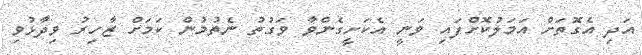
އަދި އެގޮތަށް އަމަލުކޮށްފައި ވަނީ އެކަށީގެންވާ ވަގުތު ނެތުމުން ކަމަށް ޒާހިރު ވިދާޅުވި